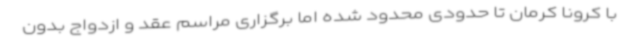
با کرونا کرمان تا حدودی محدود شده اما برگزاری مراسم عقد و ازدواج بدون